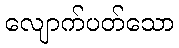
လျောက်ပတ်သော